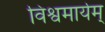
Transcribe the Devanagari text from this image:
विश्वमार्यम्‌